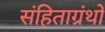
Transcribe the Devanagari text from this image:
संहिताग्रंथों